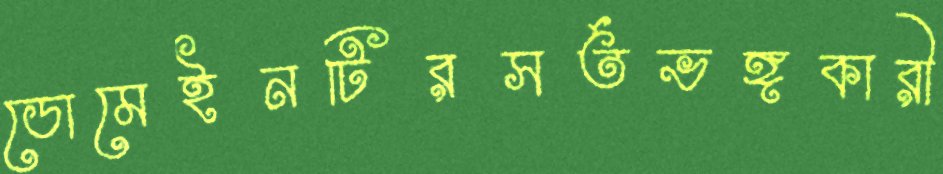
ডোমেইনটিরসর্তভঙ্গকারী